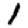
Digit: 1